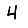
Digit: 4